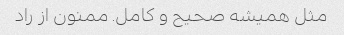
مثل همیشه صحیح و کامل. ممنون از راد